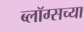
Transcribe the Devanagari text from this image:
ब्लॉग्सच्या